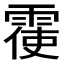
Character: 𮦙